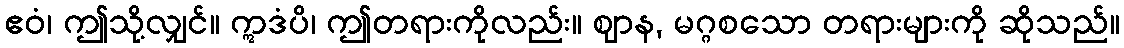
ဧဝံ၊ ဤသို့လျှင်။ ဣဒံပိ၊ ဤတရားကိုလည်း။ ဈာန, မဂ္ဂစသော တရားများကို ဆိုသည်။